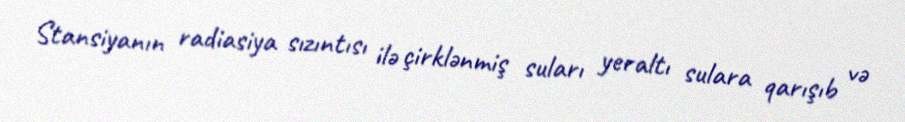
Stansiyanın radiasiya sızıntısı ilə çirklənmiş suları yeraltı sulara qarışıb və